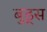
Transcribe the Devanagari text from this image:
बुड्स